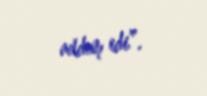
addım idi”.